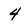
Character: 4